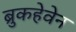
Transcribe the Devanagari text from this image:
ब्रुकहेवेन